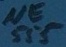
Text: NE555